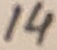
Text: 14